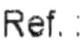
REF. :